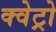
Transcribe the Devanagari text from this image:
क्वेट्रो